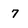
Character: 7